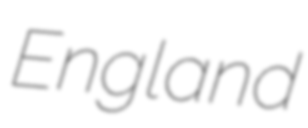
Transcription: England